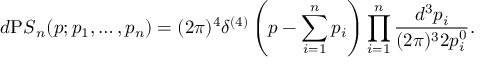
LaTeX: d { \mathrm P S } _ { n } ( p ; p _ { 1 } , \ldots , p _ { n } ) = ( 2 \pi ) ^ { 4 } \delta ^ { ( 4 ) } \left( p - \sum _ { i = 1 } ^ { n } p _ { i } \right) \prod _ { i = 1 } ^ { n } \frac { d ^ { 3 } p _ { i } } { ( 2 \pi ) ^ { 3 } 2 p _ { i } ^ { 0 } } .